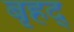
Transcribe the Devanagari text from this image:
बृहद्‌